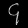
Digit: ၄